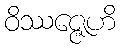
ဝိဿဇ္ဇေဟိ